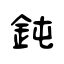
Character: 鈍